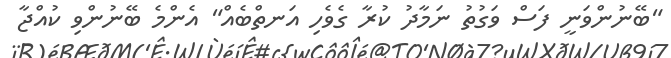
"ބޭނުންވަނީ ފަސް ވަގުތު ނަމާދު ކުރާ ގެވެހި އަނތްބެއް" އެންމެ ބޭނުންވި ކުއްޖާ